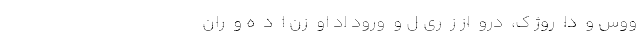
ووس و  دا  روژ ک،  درو  از ز  ری ل و  ورود اد او  زن ا  د  ه و  ران